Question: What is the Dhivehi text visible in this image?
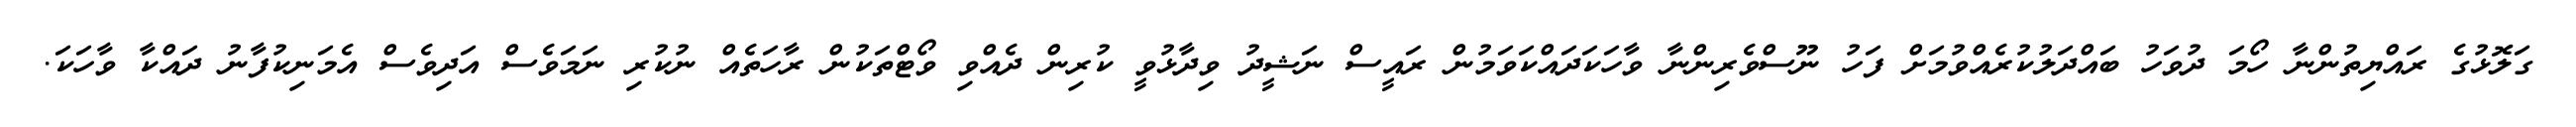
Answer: ގަލޮޅުގެ ރައްޔިތުންނާ ހޯމަ ދުވަހު ބައްދަލުކުރެއްވުމަށް ފަހު ނޫސްވެރިންނާ ވާހަކަދައްކަވަމުން ރައީސް ނަޝީދު ވިދާޅުވީ ކުރިން ދެއްވި ވޯޓްތަކުން ރާހަތެއް ނުކުރި ނަމަވެސް އަދިވެސް އެމަނިކުފާނު ދައްކާ ވާހަކަ.